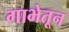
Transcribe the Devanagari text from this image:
गाभेतून